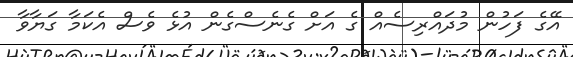
އޭގެ ފަހުން މުދައްރިސެއް ގެ އަށް ގެނެސްގެން އުޅެ ވެސް އެކަމާ ގަޔާވާ